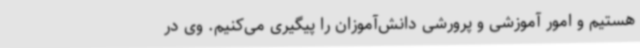
هستیم و امور آموزشی و پرورشی دانش‌آموزان را پیگیری می‌کنیم. وی در